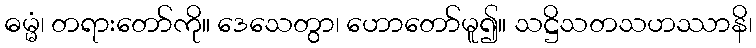
ဓမ္မံ၊ တရားတော်ကို။ ဒေသေတွာ၊ ဟောတော်မူ၍။ သဋ္ဌိသတသဟဿာနိ၊